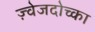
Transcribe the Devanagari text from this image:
ज़्वेजदोच्का